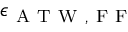
\epsilon _ { \mathrm { ~ A ~ T ~ W ~ , ~ F ~ F ~ } }